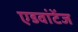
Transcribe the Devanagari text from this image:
एडवांटेंज